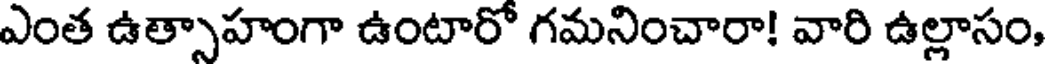
ఎంత ఉత్సాహంగా ఉంటారో గమనించారా! వారి ఉల్లాసం,